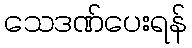
သေဒဏ်ပေးရန်